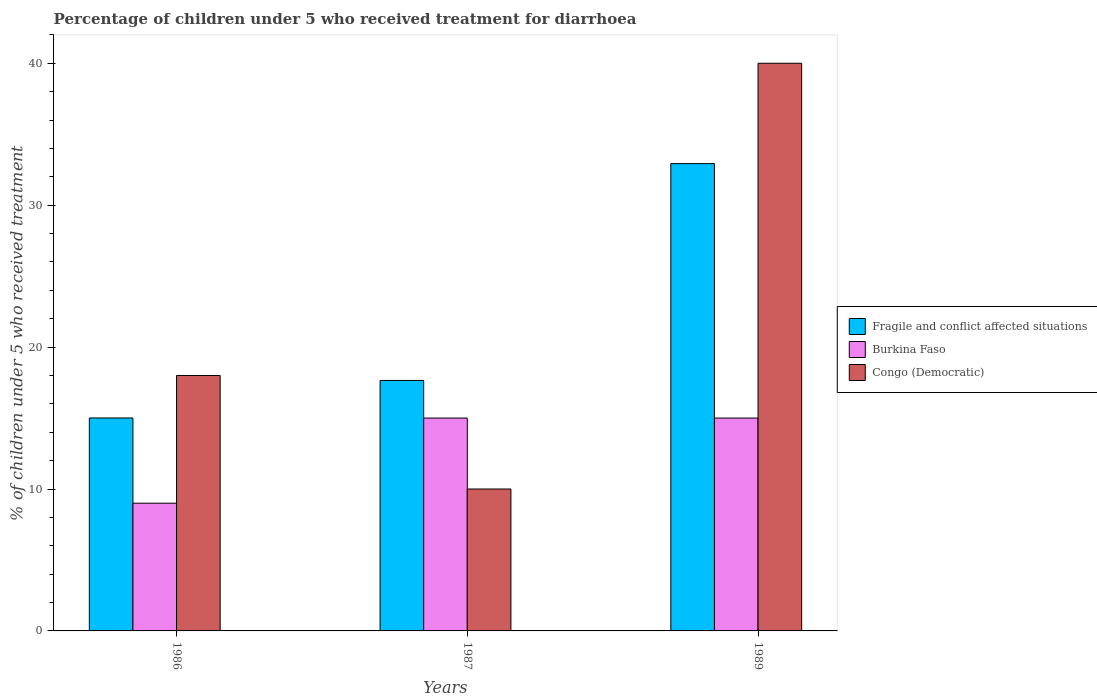
| Years | Fragile and conflict affected situations | Burkina Faso | Congo (Democratic) |
 | --- | --- | --- | --- |
 | 1986 | 15 | 9 | 18 |
 | 1987 | 17.6 | 15 | 10 |
 | 1989 | 32.9 | 15 | 40 |